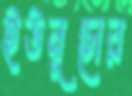
ইউনূসের